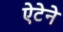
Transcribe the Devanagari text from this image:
ऐटेने